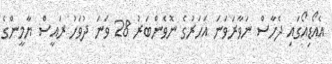
އެއޯޑިއޯގައި ދެހާސް ނަވާރަވަނަ އަހަރުގެ ނޮވެންބަރު 28 ވަނަ ދުވަހު ރައީސް ޔާމީންގެ